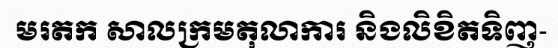
មរតក សាលក្រមតុលាការ និងលិខិតទិញ-